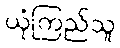
ယုံကြည်သူ